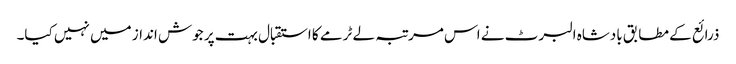
ذرائع کے مطابق بادشاہ البرٹ نے اس مرتبہ لے ٹرمے کا استقبال بہت پر جوش انداز میں نہیں کیا۔